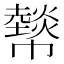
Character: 𢅮